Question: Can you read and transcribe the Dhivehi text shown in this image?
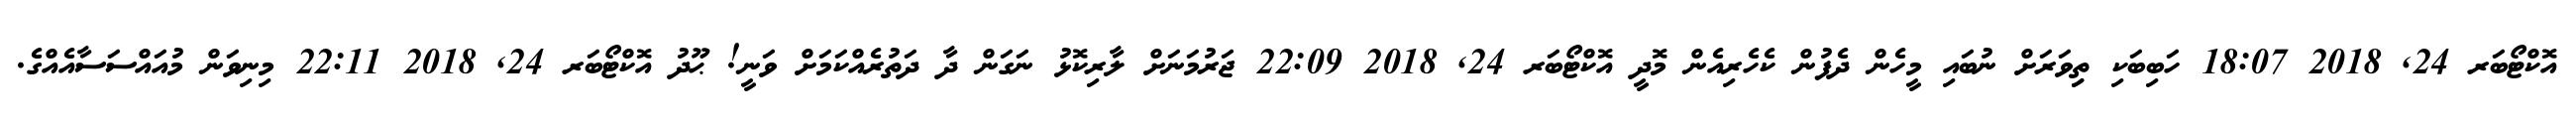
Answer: އޮކްޓޯބަރ 24, 2018 18:07 ހަބިބަކި ތިިވަރަށް ނުބައި މީހެން ދެފުން ކެހެރިއެން މޮދީ އޮކްޓޯބަރ 24, 2018 22:09 ޖަރުމަނަށް ލާރިކޮޅު ނަގަން ދާ ދަތުރެއްކަމަށް ވަނީ! ޙޫދު އޮކްޓޯބަރ 24, 2018 22:11 މިނިވަން މުއައްސަސާއެއްގެ.